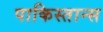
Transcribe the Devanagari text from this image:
पाकिस्तान्स